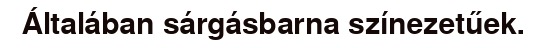
Általában sárgásbarna színezetűek.